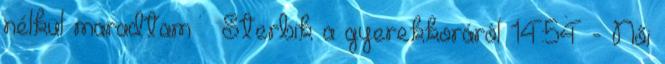
nélkül maradtam – Sterbik a gyerekkoráról 14:54 - Női